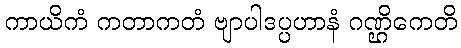
ကာယိကံ ကတာကတံ ဗျာပါဒပ္ပဟာနံ ဂဏ္ဌိကေတိ